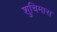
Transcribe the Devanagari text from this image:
शुचिमास